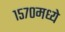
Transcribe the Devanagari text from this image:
१५७०मध्ये